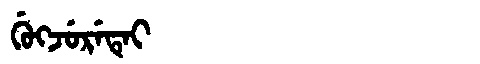
Manchu: ᡤᡠᡴᠵᡠᡵᡝᡨᡝᡳ
Romanization: GUKJURETEI